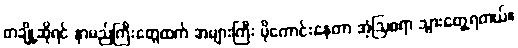
တချို့ဆိုရင် နာမည်ကြီးတွေထက် အများကြီး ပိုကောင်းနေတာ အံ့ဩစရာ သွားတွေ့ရတယ်။